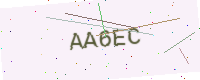
Text: AA6EC